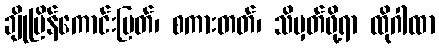
ချိုမြိန်ကောင်းမြတ်၊ စကားတတ်၊ သိမှတ်ဖို့ရာ ထိုဂါထာ